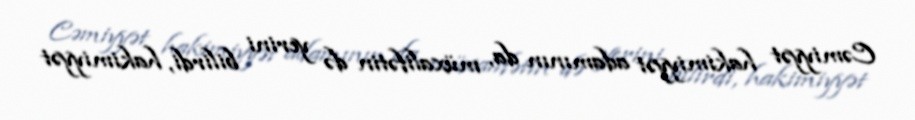
Cəmiyyət hakimiyyət adamının da, müxalifətin də yerini bilirdi, hakimiyyət